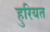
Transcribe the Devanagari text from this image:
हुरियत